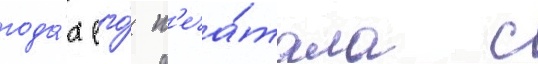
года́х его́ п'еча́тала с